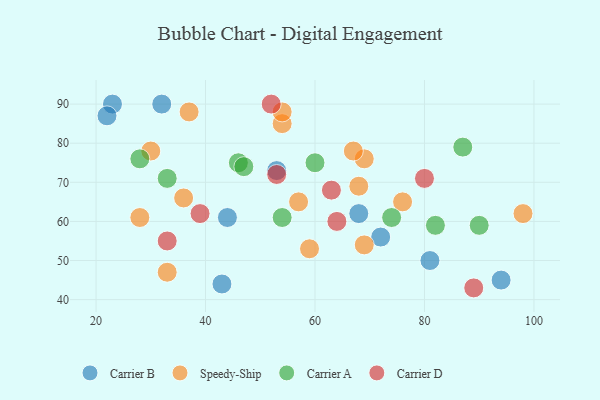
{"axis": {"x": "GDP", "y": "Life Expectancy"}, "legend": ["Carrier A", "Carrier B", "Carrier D", "Speedy-Ship"], "data": [{"x": "72", "y": 56, "type": "Carrier B"}, {"x": "68", "y": 62, "type": "Carrier B"}, {"x": "53", "y": 73, "type": "Carrier B"}, {"x": "23", "y": 90, "type": "Carrier B"}, {"x": "32", "y": 90, "type": "Carrier B"}, {"x": "81", "y": 50, "type": "Carrier B"}, {"x": "22", "y": 87, "type": "Carrier B"}, {"x": "43", "y": 44, "type": "Carrier B"}, {"x": "44", "y": 61, "type": "Carrier B"}, {"x": "94", "y": 45, "type": "Carrier B"}, {"x": "33", "y": 47, "type": "Speedy-Ship"}, {"x": "28", "y": 61, "type": "Speedy-Ship"}, {"x": "57", "y": 65, "type": "Speedy-Ship"}, {"x": "76", "y": 65, "type": "Speedy-Ship"}, {"x": "69", "y": 76, "type": "Speedy-Ship"}, {"x": "54", "y": 85, "type": "Speedy-Ship"}, {"x": "69", "y": 54, "type": "Speedy-Ship"}, {"x": "36", "y": 66, "type": "Speedy-Ship"}, {"x": "59", "y": 53, "type": "Speedy-Ship"}, {"x": "30", "y": 78, "type": "Speedy-Ship"}, {"x": "54", "y": 88, "type": "Speedy-Ship"}, {"x": "98", "y": 62, "type": "Speedy-Ship"}, {"x": "67", "y": 78, "type": "Speedy-Ship"}, {"x": "68", "y": 69, "type": "Speedy-Ship"}, {"x": "37", "y": 88, "type": "Speedy-Ship"}, {"x": "90", "y": 59, "type": "Carrier A"}, {"x": "46", "y": 75, "type": "Carrier A"}, {"x": "47", "y": 74, "type": "Carrier A"}, {"x": "54", "y": 61, "type": "Carrier A"}, {"x": "33", "y": 71, "type": "Carrier A"}, {"x": "60", "y": 75, "type": "Carrier A"}, {"x": "74", "y": 61, "type": "Carrier A"}, {"x": "87", "y": 79, "type": "Carrier A"}, {"x": "82", "y": 59, "type": "Carrier A"}, {"x": "28", "y": 76, "type": "Carrier A"}, {"x": "33", "y": 55, "type": "Carrier D"}, {"x": "89", "y": 43, "type": "Carrier D"}, {"x": "39", "y": 62, "type": "Carrier D"}, {"x": "80", "y": 71, "type": "Carrier D"}, {"x": "53", "y": 72, "type": "Carrier D"}, {"x": "52", "y": 90, "type": "Carrier D"}, {"x": "64", "y": 60, "type": "Carrier D"}, {"x": "63", "y": 68, "type": "Carrier D"}]}